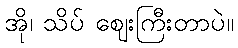
အို၊ သိပ် ဈေးကြီးတာပဲ။